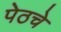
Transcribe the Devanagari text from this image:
पेठचे